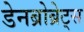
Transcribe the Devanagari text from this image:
डेनब्रोब्रेट्स